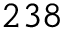
^ { 2 3 8 }